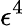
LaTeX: \epsilon^{4}